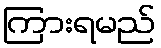
ကြားရမည်